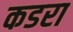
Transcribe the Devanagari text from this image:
कडरा